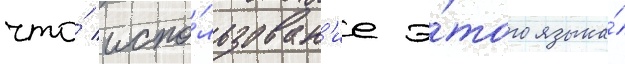
что́ испо́льзован'ие э́того языка́